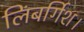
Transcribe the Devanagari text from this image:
लिंबर्गिश।